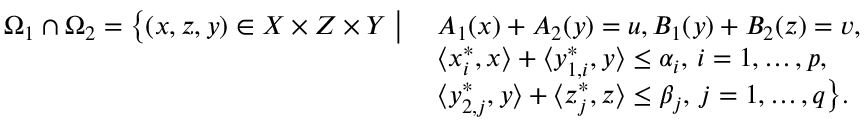
\begin{array} { r } { \begin{array} { l l } { \Omega _ { 1 } \cap \Omega _ { 2 } = \big \{ ( x , z , y ) \in X \times Z \times Y \; \big | \; } & { A _ { 1 } ( x ) + A _ { 2 } ( y ) = u , B _ { 1 } ( y ) + B _ { 2 } ( z ) = v , } \\ & { \langle x _ { i } ^ { * } , x \rangle + \langle y _ { 1 , i } ^ { * } , y \rangle \leq \alpha _ { i } , \, i = 1 , \ldots , p , } \\ & { \langle y _ { 2 , j } ^ { * } , y \rangle + \langle z _ { j } ^ { * } , z \rangle \leq \beta _ { j } , \, j = 1 , \ldots , q \big \} . } \end{array} } \end{array}